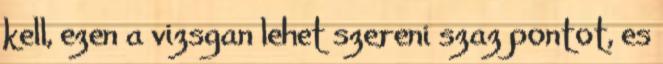
kell, ezen a vizsgan lehet szereni szaz pontot, es